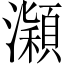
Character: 𤃡